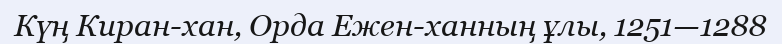
Күң Киран-хан, Орда Ежен-ханның ұлы, 1251—1288